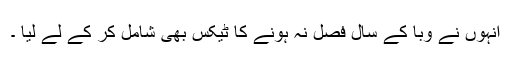
انہوں نے وبا کے سال فصل نہ ہونے کا ٹیکس بھی شامل کر کے لے لیا ۔